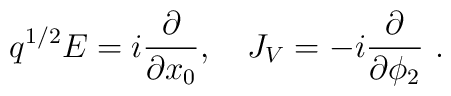
q^{1/2}E=i{\partial\over\partial x_0},\quad J_V=-i{\partial\over\partial \phi_2} \ .